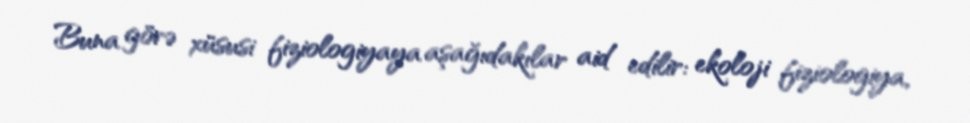
Buna görə xüsusi fiziologiyaya aşağıdakılar aid edilir: ekoloji fiziologiya,